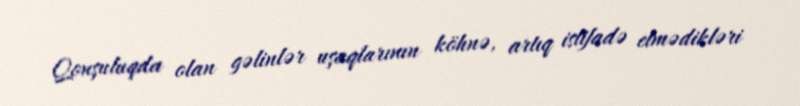
Qonşuluqda olan gəlinlər uşaqlarının köhnə, artıq istifadə etmədikləri